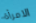
الامرأة